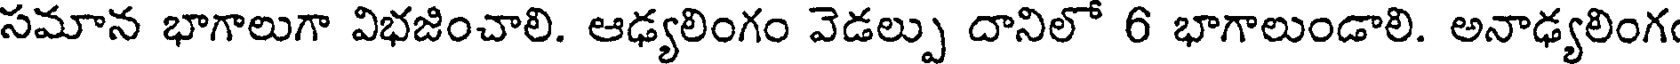
సమాన భాగాలుగా విభజించాలి. ఆఢ్యలింగం వెడల్పు దానిలో 6 భాగాలుండాలి. అనాఢ్యలింగ